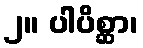
၂။ ပါပိစ္ဆာ၊